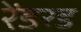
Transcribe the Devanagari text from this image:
रेंडरड